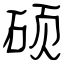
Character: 硕